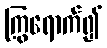
ကြွရောက်၍